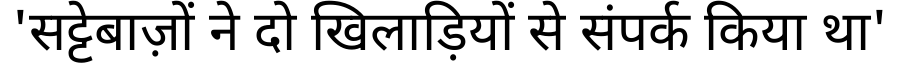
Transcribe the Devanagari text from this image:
'सट्टेबाज़ों ने दो खिलाड़ियों से संपर्क किया था'